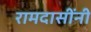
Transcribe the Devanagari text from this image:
रामदासींनी